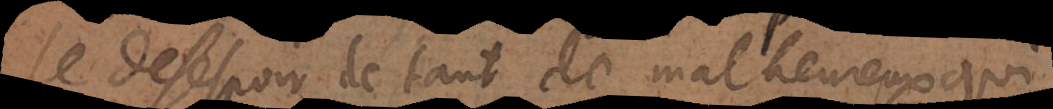
le desespoir de tant de malheureux qui